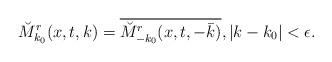
LaTeX: \begin{align*} \breve{M}^r_{k_0}(x,t,k)=\overline{\breve{M}^r_{-k_0}(x,t,-\bar{k})}, \vert k-k_0 \vert<\epsilon.\end{align*}